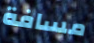
مسافة